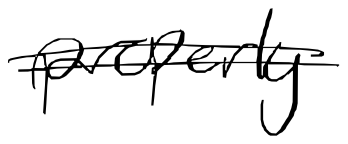
Text: properly
Cross-out: double-line
Writing tool: digital_black